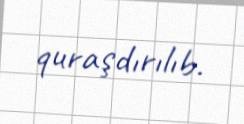
quraşdırılıb.